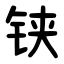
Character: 铗